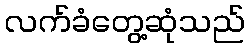
လက်ခံတွေ့ဆုံသည်